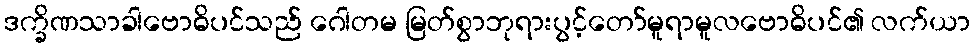
ဒက္ခိဏသာခါဗောဓိပင်သည် ဂေါတမ မြတ်စွာဘုရားပွင့်တော်မူရာမူလဗောဓိပင်၏ လက်ယာ